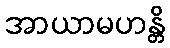
အာယာမဟန္တိ